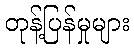
တုန့်ပြန်မှုများ